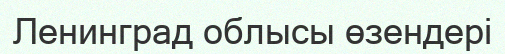
Ленинград облысы өзендері